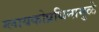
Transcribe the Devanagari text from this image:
ग्लायकोप्रथिनामुळे